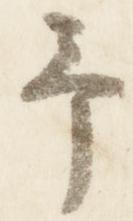
予